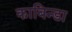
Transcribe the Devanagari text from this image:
काबिन्डा